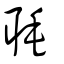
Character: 毦